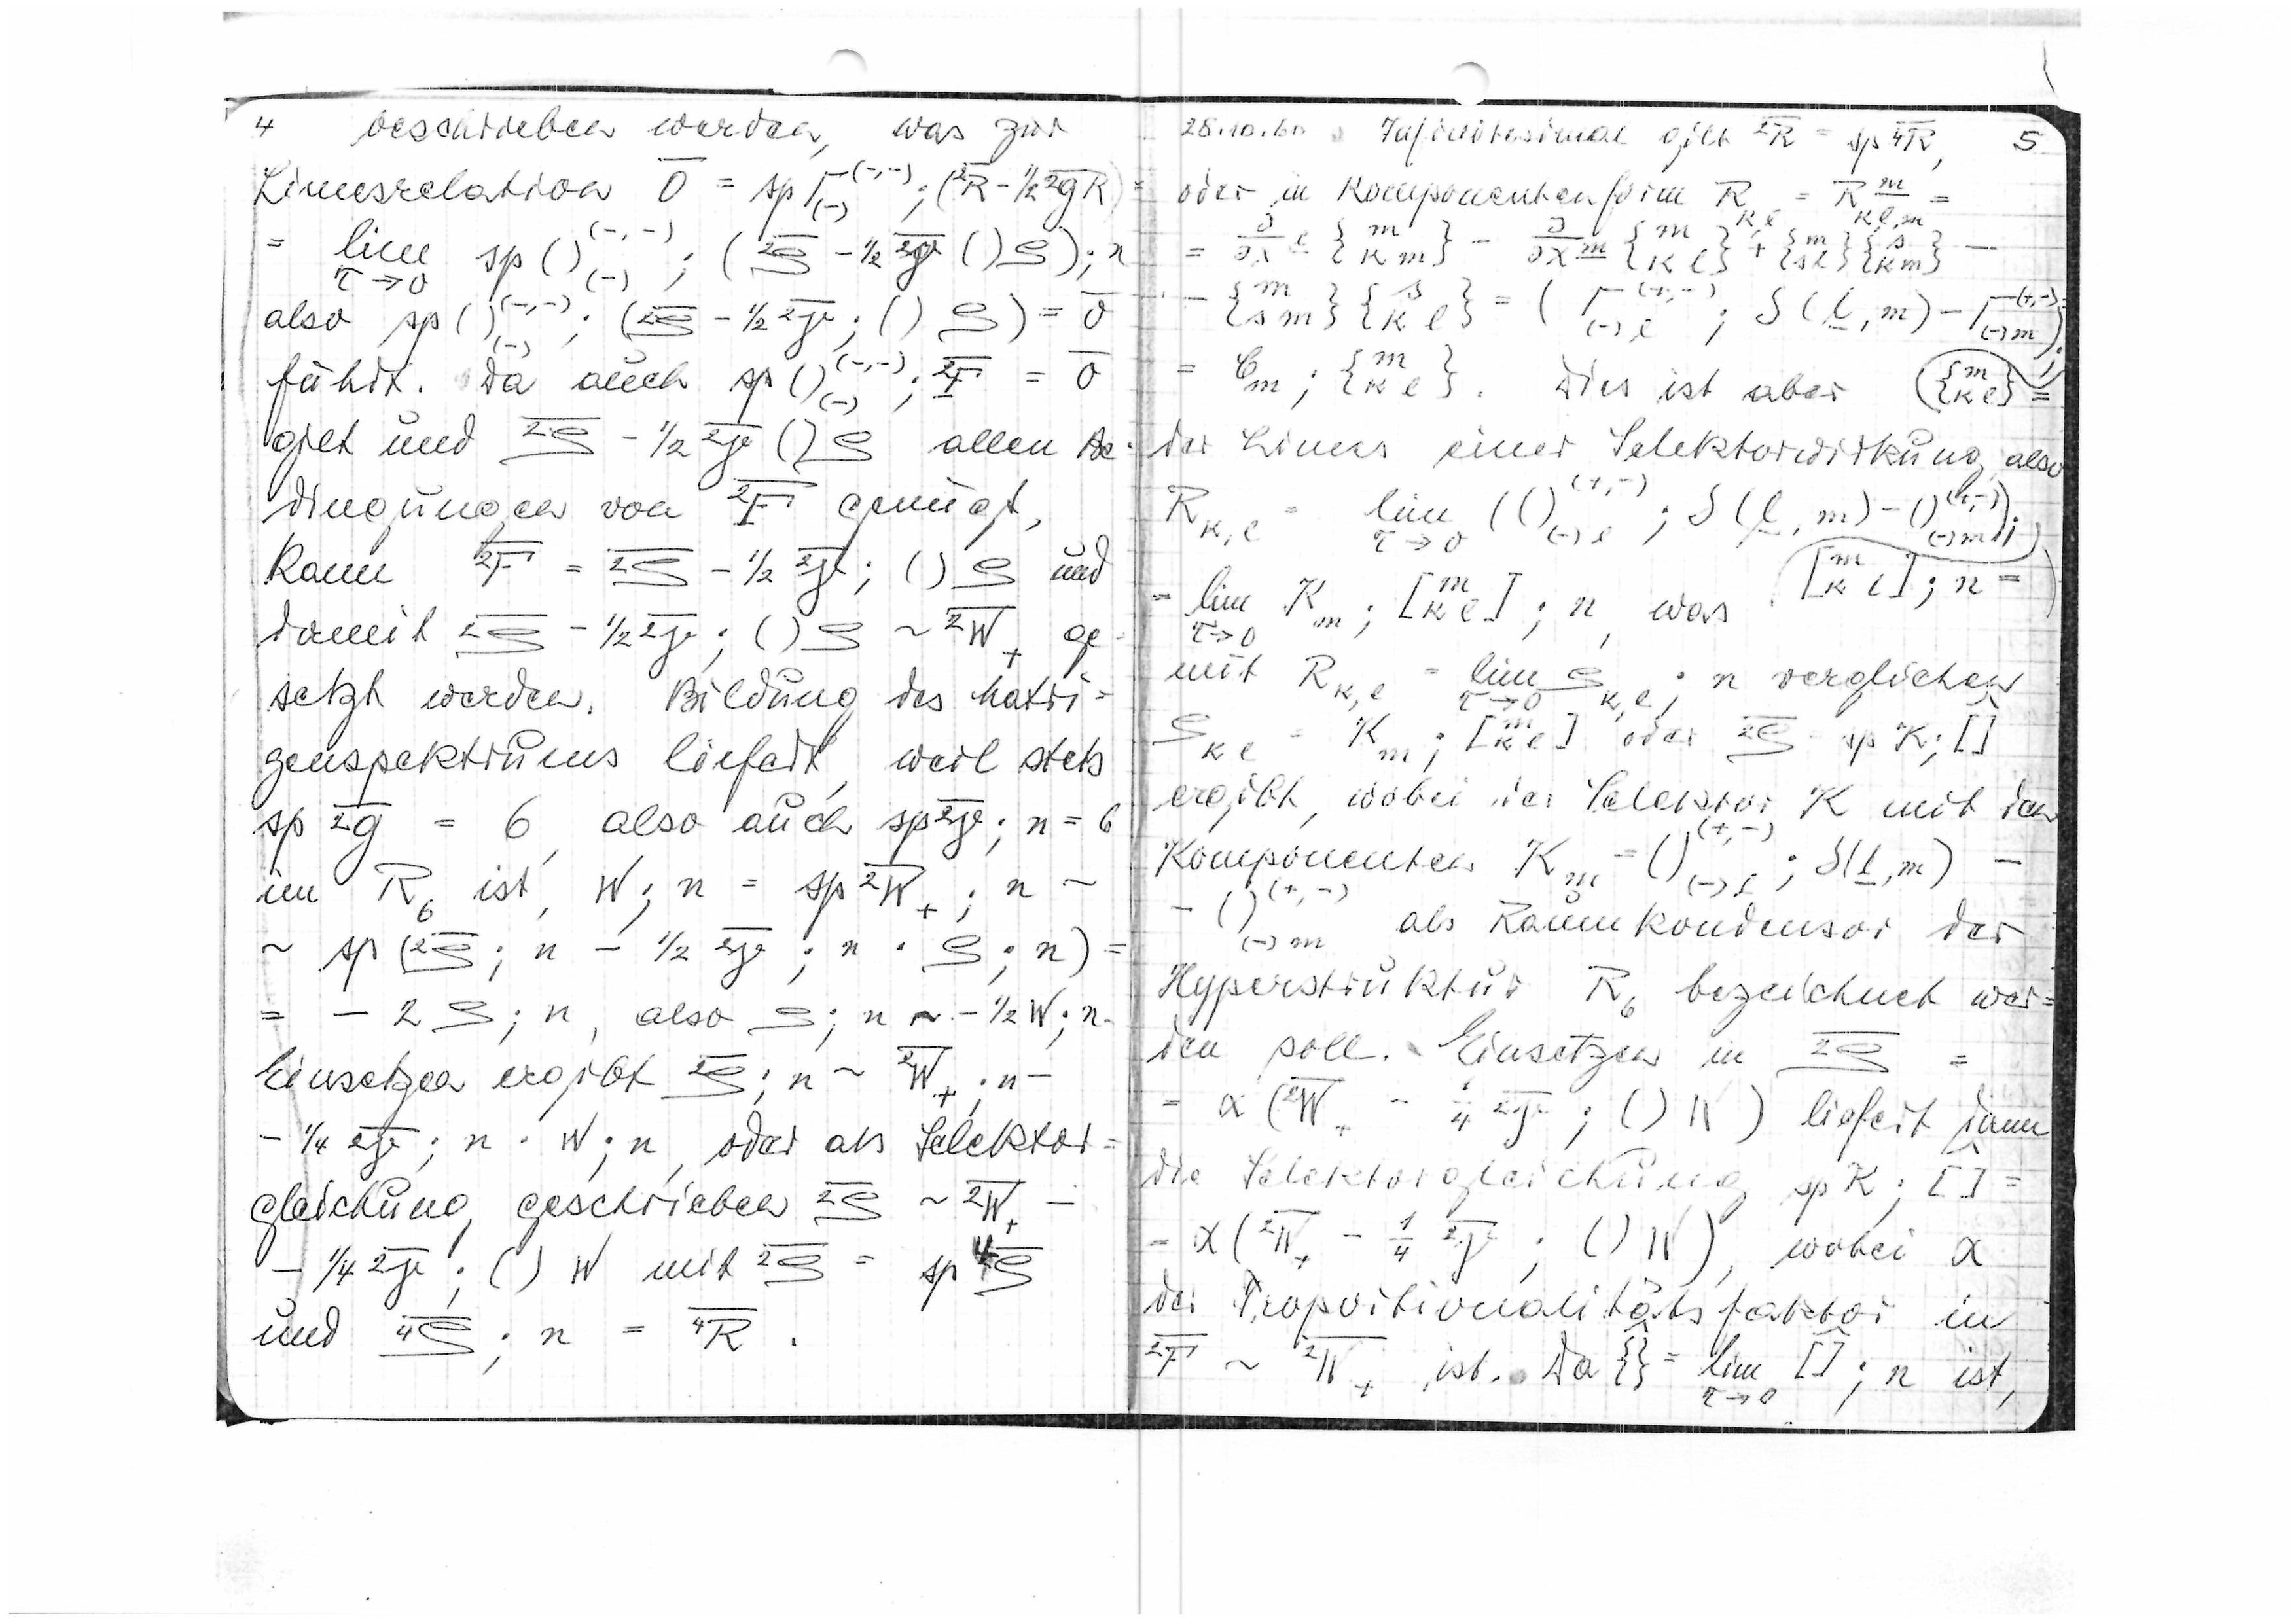
4
beschrieben
werden
was zur

Limesrelation
also
führt. Da auch
gilt und
allen
Be
dingungen von von

genügt
kann

und
somit

ge
setzt werden. Bildung des Matri=
zenspektrums liefert
weil stets

also auch
im R6 ist, W ; n =

also ρ;n
Einsetzen ergibt

Selektor=
gleichung geschrieben.

28.10.60 Infinitesimal gilt

5
oder in Komponentenform R

dies ist aber

der Limes einer Selektorwirkung also
mit

n verglichen
ergibt, wobei der Selektor K mit den
Komponenten

als Raumkondensor der
Hyperstruktur R6 bezeichnet wer=
den soll. Einsetzen in

liefert dann
die Selektorgleichung
sp K;[]=

wobei α
der Proportionalitätsfaktor in

ist, da

ist,